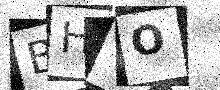
Text: BHYO